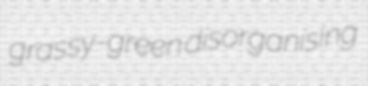
grassy-green disorganising